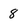
Character: 8